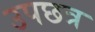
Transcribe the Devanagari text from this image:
उपछत्र